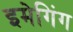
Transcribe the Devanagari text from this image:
इमेगिंग